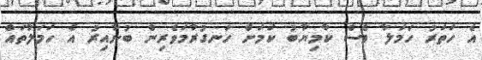
އެ ހަތަރު ހަމަލާ ވެސް ކާމިޔާބު ކަމަށް ހަނގުރާމަވެރިން ބުނާއިރު އެ ހަމަލާތައް